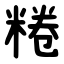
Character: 䊎